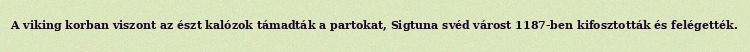
A viking korban viszont az észt kalózok támadták a partokat, Sigtuna svéd várost 1187-ben kifosztották és felégették.